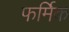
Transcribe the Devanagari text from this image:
फर्मिक